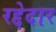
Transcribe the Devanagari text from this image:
रद्देदार